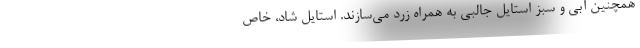
همچنین آبی و سبز استایل جالبی به همراه زرد می‌سازند. استایل شاد، خاص